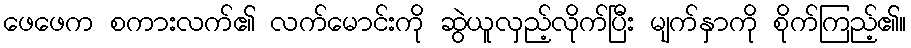
ဖေဖေက စကားလက်၏ လက်မောင်းကို ဆွဲယူလှည့်လိုက်ပြီး မျက်နှာကို စိုက်ကြည့်၏။